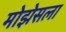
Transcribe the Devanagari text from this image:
मोझेसला